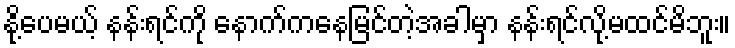
နို့ပေမယ့် နန်းရင်ကို နောက်ကနေမြင်တဲ့အခါမှာ နန်းရင်လို့မထင်မိဘူး။